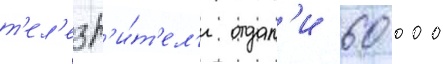
т'ел'езр'и́т'ел'и отдал'и 60 000